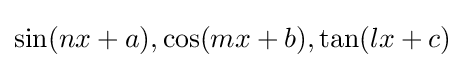
\sin(nx+a),\cos(mx+b),\tan(lx+c)